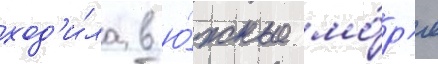
ход'и́ла в ю́жные мо́р'я